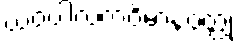
ယဝပါလကဝိမာနဝတ္ထု